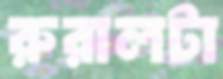
রুরালটা